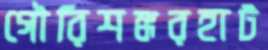
গৌরিশঙ্করহাট